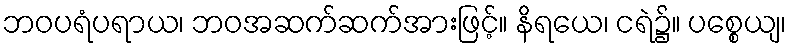
ဘဝပရံပရာယ၊ ဘဝအဆက်ဆက်အားဖြင့်။ နိရယေ၊ ငရဲ၌။ ပစ္စေယျ၊